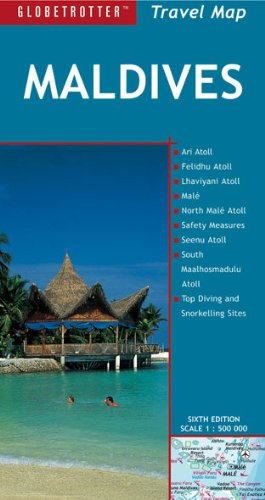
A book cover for Maldives Map (Globetrotter Travel Map); Travel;